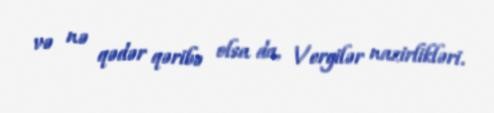
və nə qədər qəribə olsa da, Vergilər nazirlikləri.